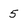
Character: 5